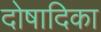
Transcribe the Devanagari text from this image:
दोषादिका